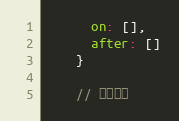
Language: JavaScript
      on: [],
      after: []
    }

    // 当前信息